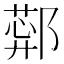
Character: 𬪑